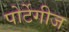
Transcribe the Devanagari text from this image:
पोर्टेगीज